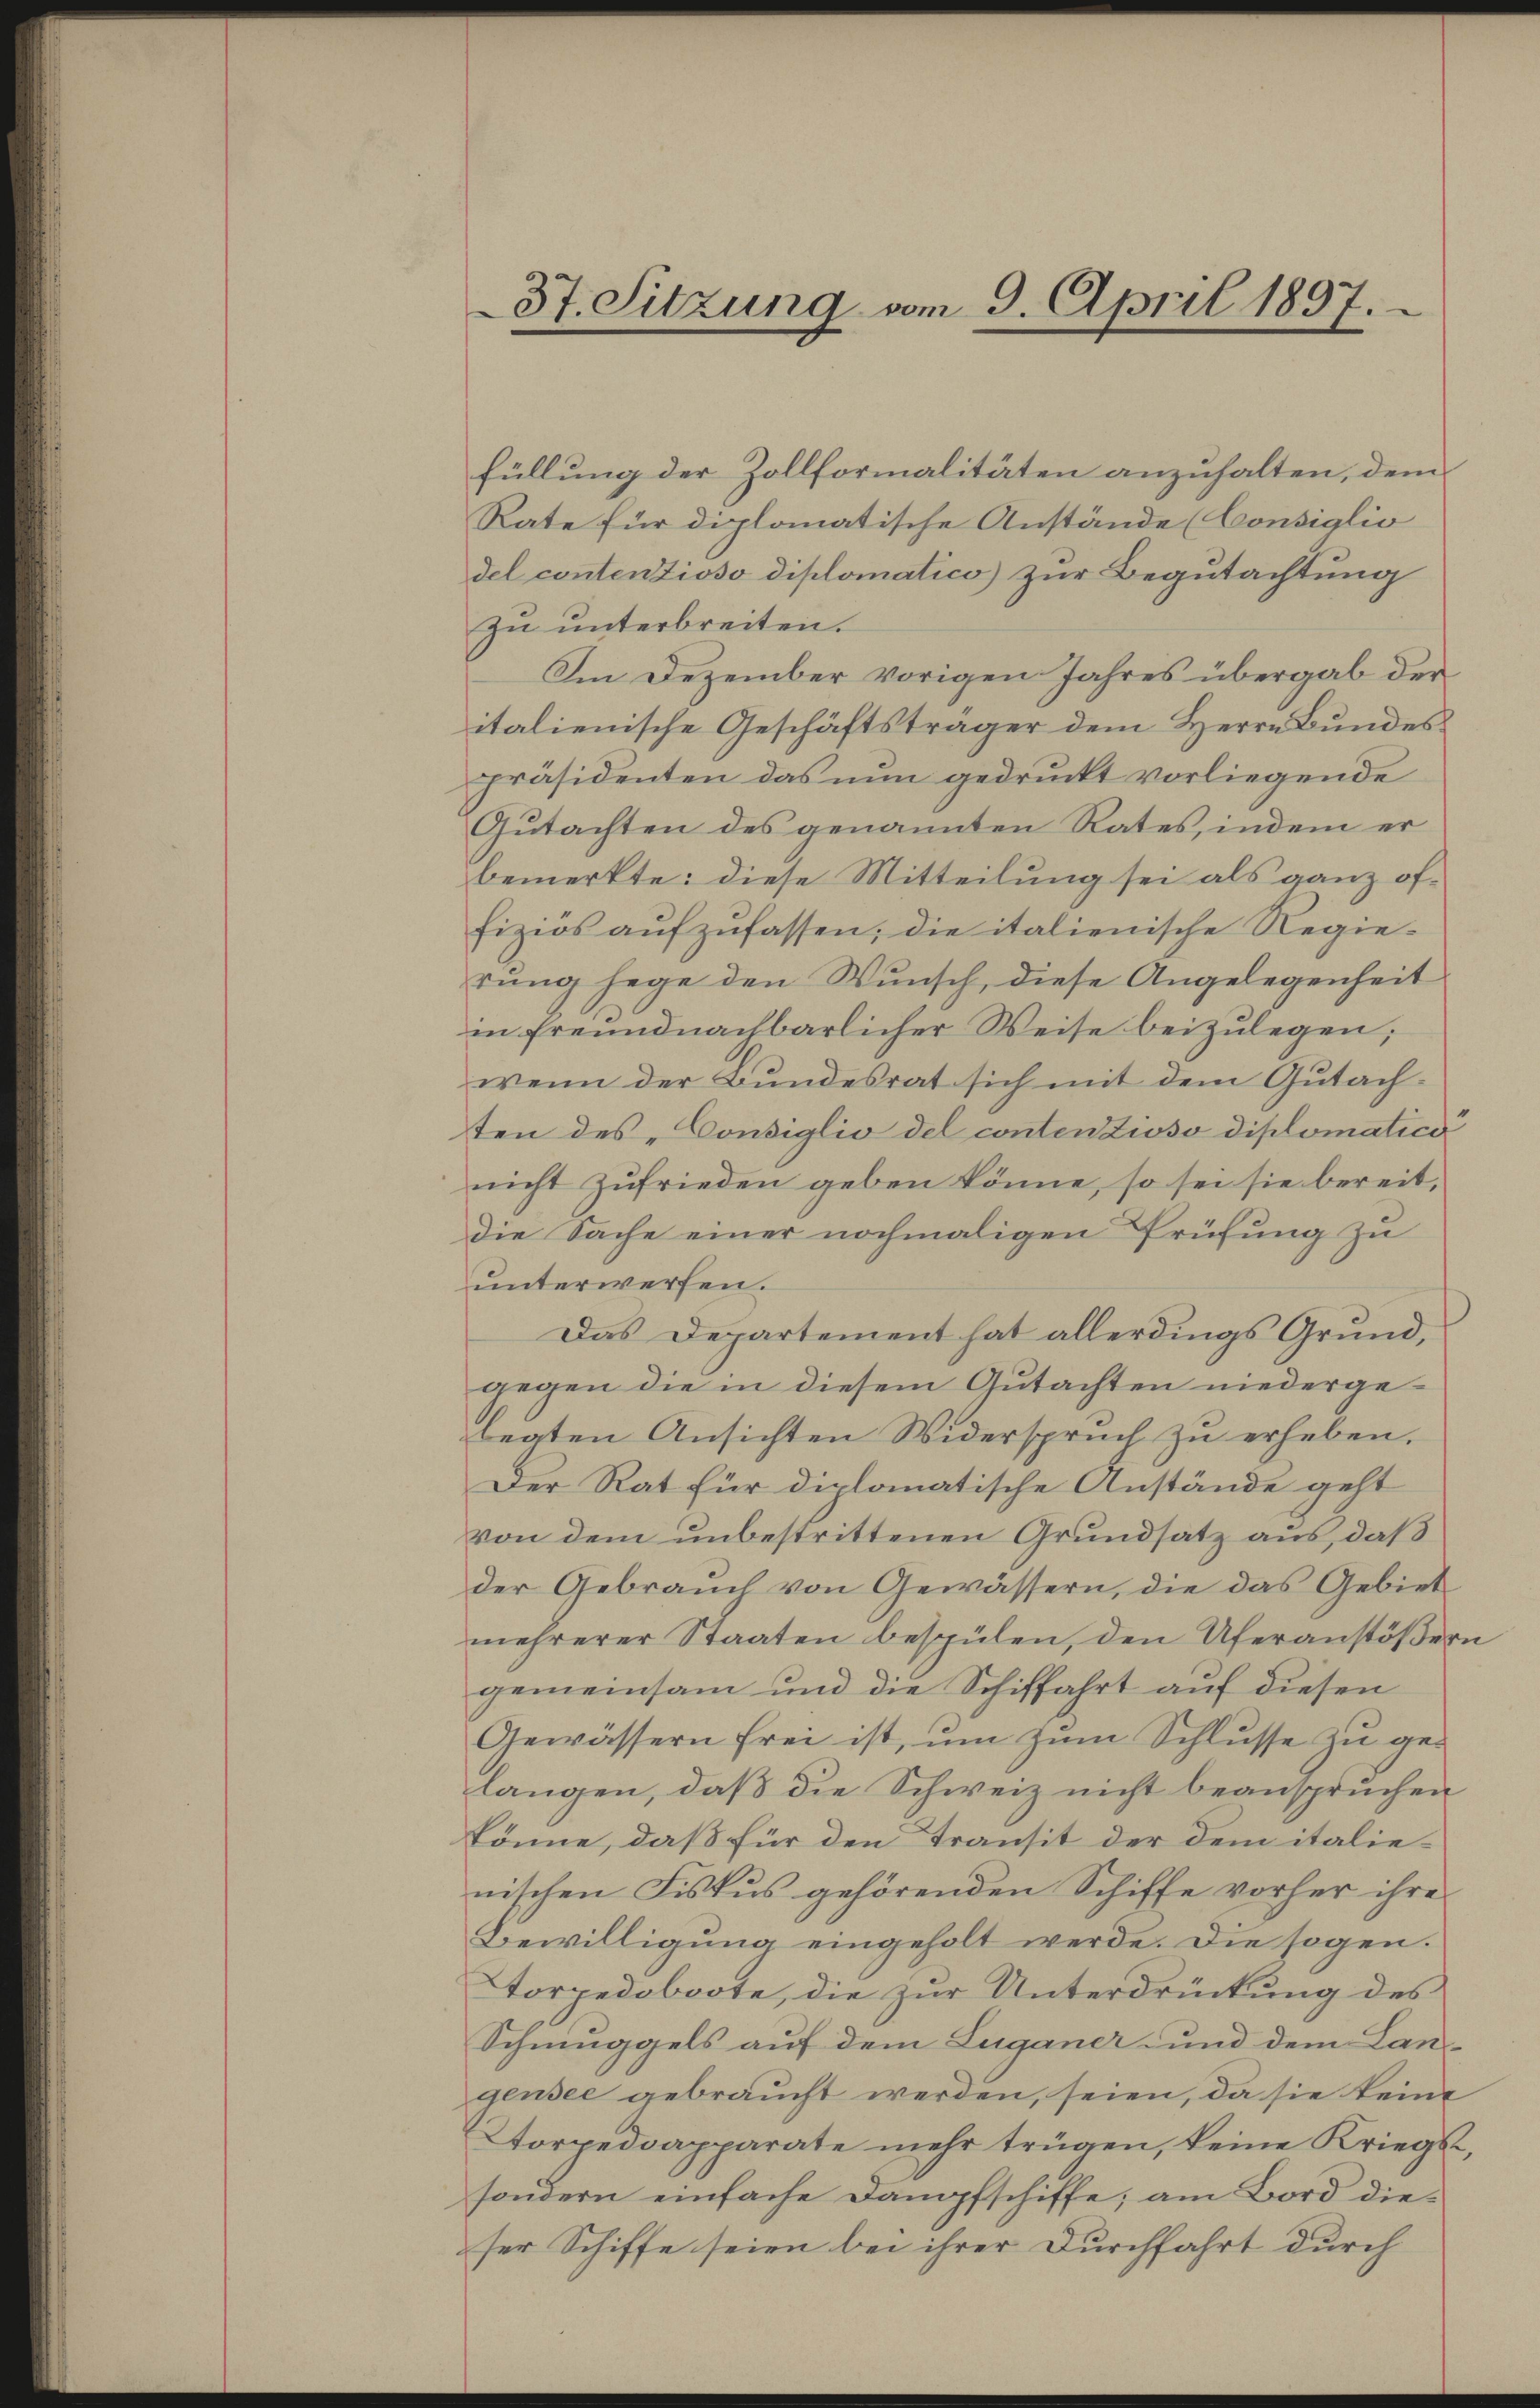
37. Sitzung vom 9. April 1897.

füllung der Zollformalitäten anzuhalten, dem
Rate für diplomatische Anstände (Consiglio
del contenzioso diplomatico) zur Begutachtung
zu unterbreiten.
Im Dezember vorigen Jahres übergab der
italienische Geschäftsträger dem Herrn Bundespräsidenten das nun gedruckt vorliegende
Gutachten des genannten Rates, indem er
bemerkte: diese Mitteilung sei als ganz offiziös aufzufassen; die italienische Regierung hege den Wunsch, diese Angelegenheit
in freundnachbarlicher Weise beizulegen;
wenn der Bundesrat sich mit dem Gutachten des „Consiglio del conten Zioso diplomatici
nicht zufrieden geben könne, so sei sie bereit,
die Sache einer nochmaligen Prüfung zu
unterwerfen.
Das Departement hat allerdings Grund,
gegen die in diesem Gutachten niedergeteaten Ansichten Widerspruch zŭ erheben.
Der Rat für diplomatische Anstände geht
von dem unbestrittenen Grundsatz aus, daß
der Gebrauch von Gewässern, die das Gebiet
mehrerer Staaten bespülen, den Uferanstößern
gemeinsam und die Schiffahrt auf diesen
Gewässern frei ist, um zum Schlusse zu gelangen, daß die Schweiz nicht beanspruchen
könne, daß für den Transit der dem italienischen Fiskus gehörenden Schiffe vorher ihre
Bewilligung eingeholt werde. Die sogen.
Torpedoboote, die zur Unterdrückung des
Schmuggels auf dem Luganer und dem Langensee gebraucht werden, seien, da sie keine
Aorpedoapparate mehr trügen, keine Kriegs,
sondern einfache Dampfschiffe; am Bord dieser Schiffe seien bei ihrer Durchfahrt durch